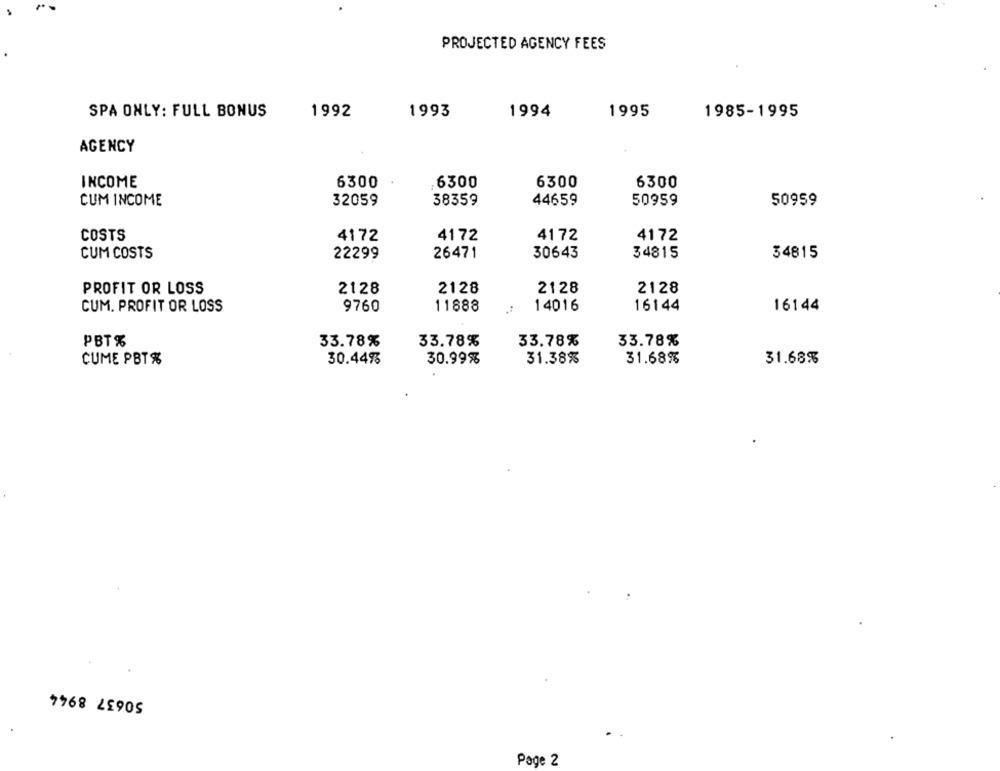
PROJECTED AGENCY FEES
SPA ONLY: FULL BONUS
1992
1993
1994
1995
1985-1995
AGENCY
INCOME
6300
6300
6300
6300
38359
44659
50959
CUM INCOME
32059
50959
COSTS
4172
4172
4172
4172
CUM COSTS
26471
30643
34815
22299
34815
PROFIT OR LOSS
2128
2128
2128
2128
CUM. PROFIT OR LOSS
9760
11888
14016
16144
16144
PBT%
33.78%
33.78%
33.78%
33.78%
CUME PBT%
30.44%
30.99%
31.38%
31.68%
31.68%
50637 8944
Page 2